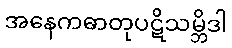
အနေကဓာတုပဋိသမ္ဘိဒါ